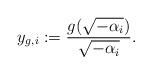
LaTeX: \begin{align*}y_{g, i} := \frac{g(\sqrt{-\alpha_i})}{\sqrt{-\alpha_i}}.\end{align*}